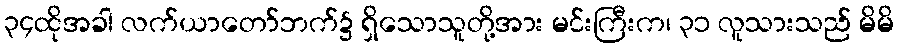
၃၄ထိုအခါ လက်ယာတော်ဘက်၌ ရှိသောသူတို့အား မင်းကြီးက၊ ၃၁ လူသားသည် မိမိ